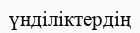
үнділіктердің